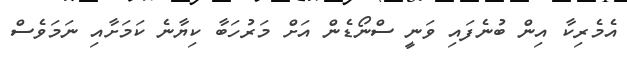
އެމެރިކާ އިން ބުނެފައި ވަނީ ސްނޯޑެން އަށް މަރުހަބާ ކިޔާނެ ކަމަށާއި ނަމަވެސް